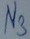
Text: N3